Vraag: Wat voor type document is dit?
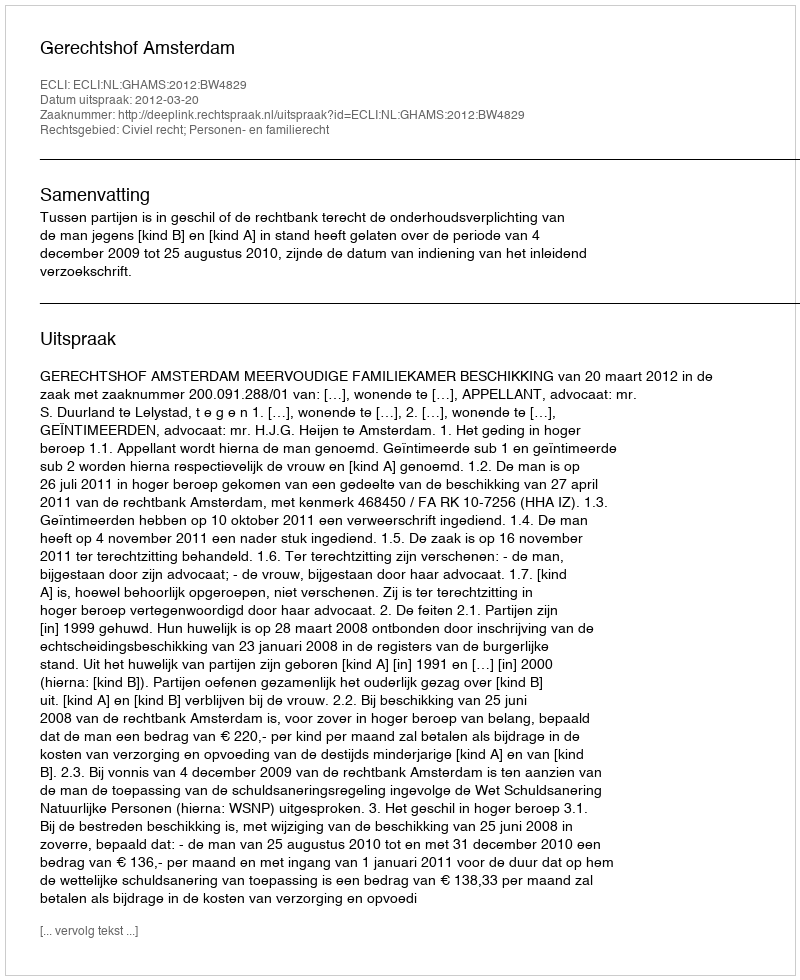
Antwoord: Uitspraak